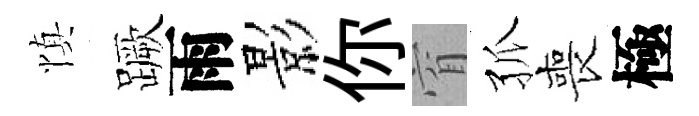
慎蹶雨影你窅孤喪極